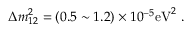
\Delta m _ { 1 2 } ^ { 2 } = ( 0 . 5 \sim 1 . 2 ) \times 1 0 ^ { - 5 } \mathrm { e V } ^ { 2 } \ .